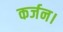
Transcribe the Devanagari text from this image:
कर्जन।